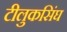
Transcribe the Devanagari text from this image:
टीलुकसिंघ